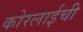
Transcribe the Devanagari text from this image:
कोरलाईची